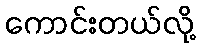
ကောင်းတယ်လို့